Vaccination Hyderabad 1872-1889 - 1872-1889
Year: 1872
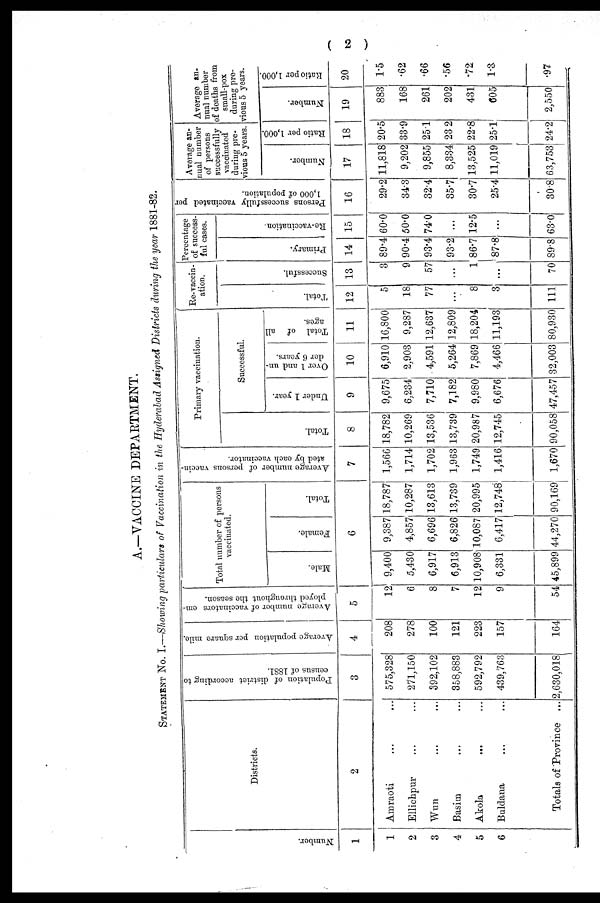
( 2 )
A.—VACCINE DEPARTMENT.
STATEMENT No. I.—Showing particulars of Vaccination in the Hyderabad Assigned Districts during the year 1881-82.
Number.
1
1
2
3
4
5
6
Districts.
2
Amraoti ... ...
Ellichpur ... ...
Wun ... ...
Basim ... ...
Akola
... ...
Buldana ... ...
Totals of Province ...
Population of district according to
census of 1881.
3
575,328
271,150
392,102
358,883
592,792
439,763
2,630,018
Average population per square mile.
4
208
278
100
121
223
157
164
Average number of vaccinators em-
ployed throughout the season.
5
12
6
8
7
12
9
54
Total number of persons
vaccinated.
Male.
Female.
Total.
6
9,400
5,430
6,917
6,913
10,908
6,331
45,899
9,387
4,857
6,696
6,826
10,087
6,417
44,270
18,787
10,287
13,613
13,739
20,995
12,748
90,169
Average number of persons vaccin-
ated by each vaccinator.
7
1,566
1,714
1,702
1,963
1,749
1,416
1,670
Primary vaccination.
Total.
8
18,782
10,269
13,536
13,739
20,987
12,745
90,058
Successful.
Under 1 year.
9
9,675
6,234
7,710
7,182
9,980
6,676
47,457
Over 1 and un-
der 6 years.
10
6,910
2,903
4,591
5,264
7,869
4,466
32,003
Total of all
ages.
11
16,800
9,287
12,637
12,809
18,204
11,193
80,930
Re-vaccin¬
ation.
Total.
12
5
18
77
...
8
3
111
Successful.
13
3
9
57
...
1
...
70
Percentage
of success-
ful cases.
Primary.
14
89.4
90.4
93.4
93.2
86.7
87.8
89.8
Re-vaccination.
15
60.0
50.0
74.0
...
12.5
...
63.0
Persons successfully vaccinated per
1,000 of population.
16
29.2
34.3
32.4
35.7
30.7
25.4
30.8
Average an-
nual number
of persons
successfully
vaccinated
during pre-
vious 5 years.
Number.
17
11,818
9,202
9,855
8,334
13,525
11,019
63,753
Ratio per 1,000.
18
20.5
33.9
25.1
23.2
22.8
25.1
24.2
Average an-
nual number
of deaths from
small-pox
during pre-
vious 5 years.
Number.
19
883
168
261
202
431
605
2,550
Ratio per 1,000.
20
1.5
.62
.66
.56
.72
1.3
.97